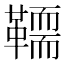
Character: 𩍄